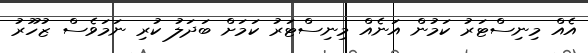
އެއް މިނިސްޓަރު ކަމުން އަނެއް މިނިސްޓަރު ކަމަށް ބަދަލު ކުރި ނަމަވެސް ޒުހޫރު